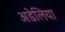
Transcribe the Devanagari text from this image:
अडेलिया